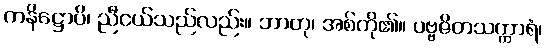
ကနိဋ္ဌောပိ၊ ညီငယ်သည်လည်း။ ဘာတု၊ အစ်ကို၏။ ပဗ္ဗဇိတသက္ကာရံ၊